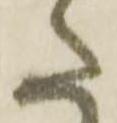
た